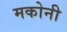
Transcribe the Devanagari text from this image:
मकोनी